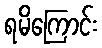
ရမိကြောင်း